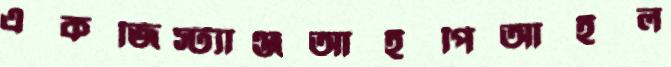
একজিস্ট্যাঞ্জআইপিআইল